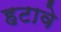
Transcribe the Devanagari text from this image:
हटावे